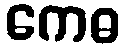
ကေဓ